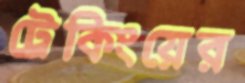
ট্রেকিংয়ের